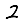
Digit: 2